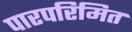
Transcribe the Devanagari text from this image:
पारपरिमित